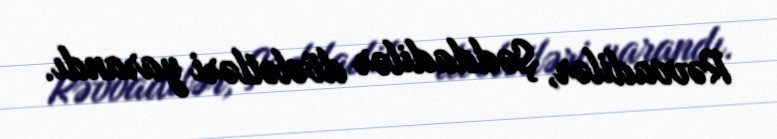
Rəvvadilər, Şəddadilər dövlətləri yarandı.